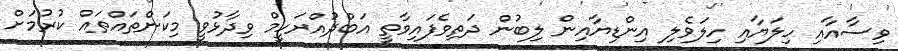
ވިސާއާއި ހިލަޔާއި ހިލަވެލި އިންޑިޔާއިން ލިބުން ދަތިވެފައިވާތީ އަބްދުއްރަހީމް ވިދާޅުވީ މިކަންތައްތައް ކުރުމަށް